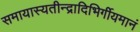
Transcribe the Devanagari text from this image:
समायास्यतीन्द्रादिभिर्गीयमानं